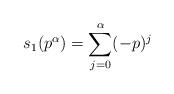
LaTeX: \begin{align*} s_1(p^{\alpha})=\sum_{j=0}^{\alpha}(-p)^j\end{align*}